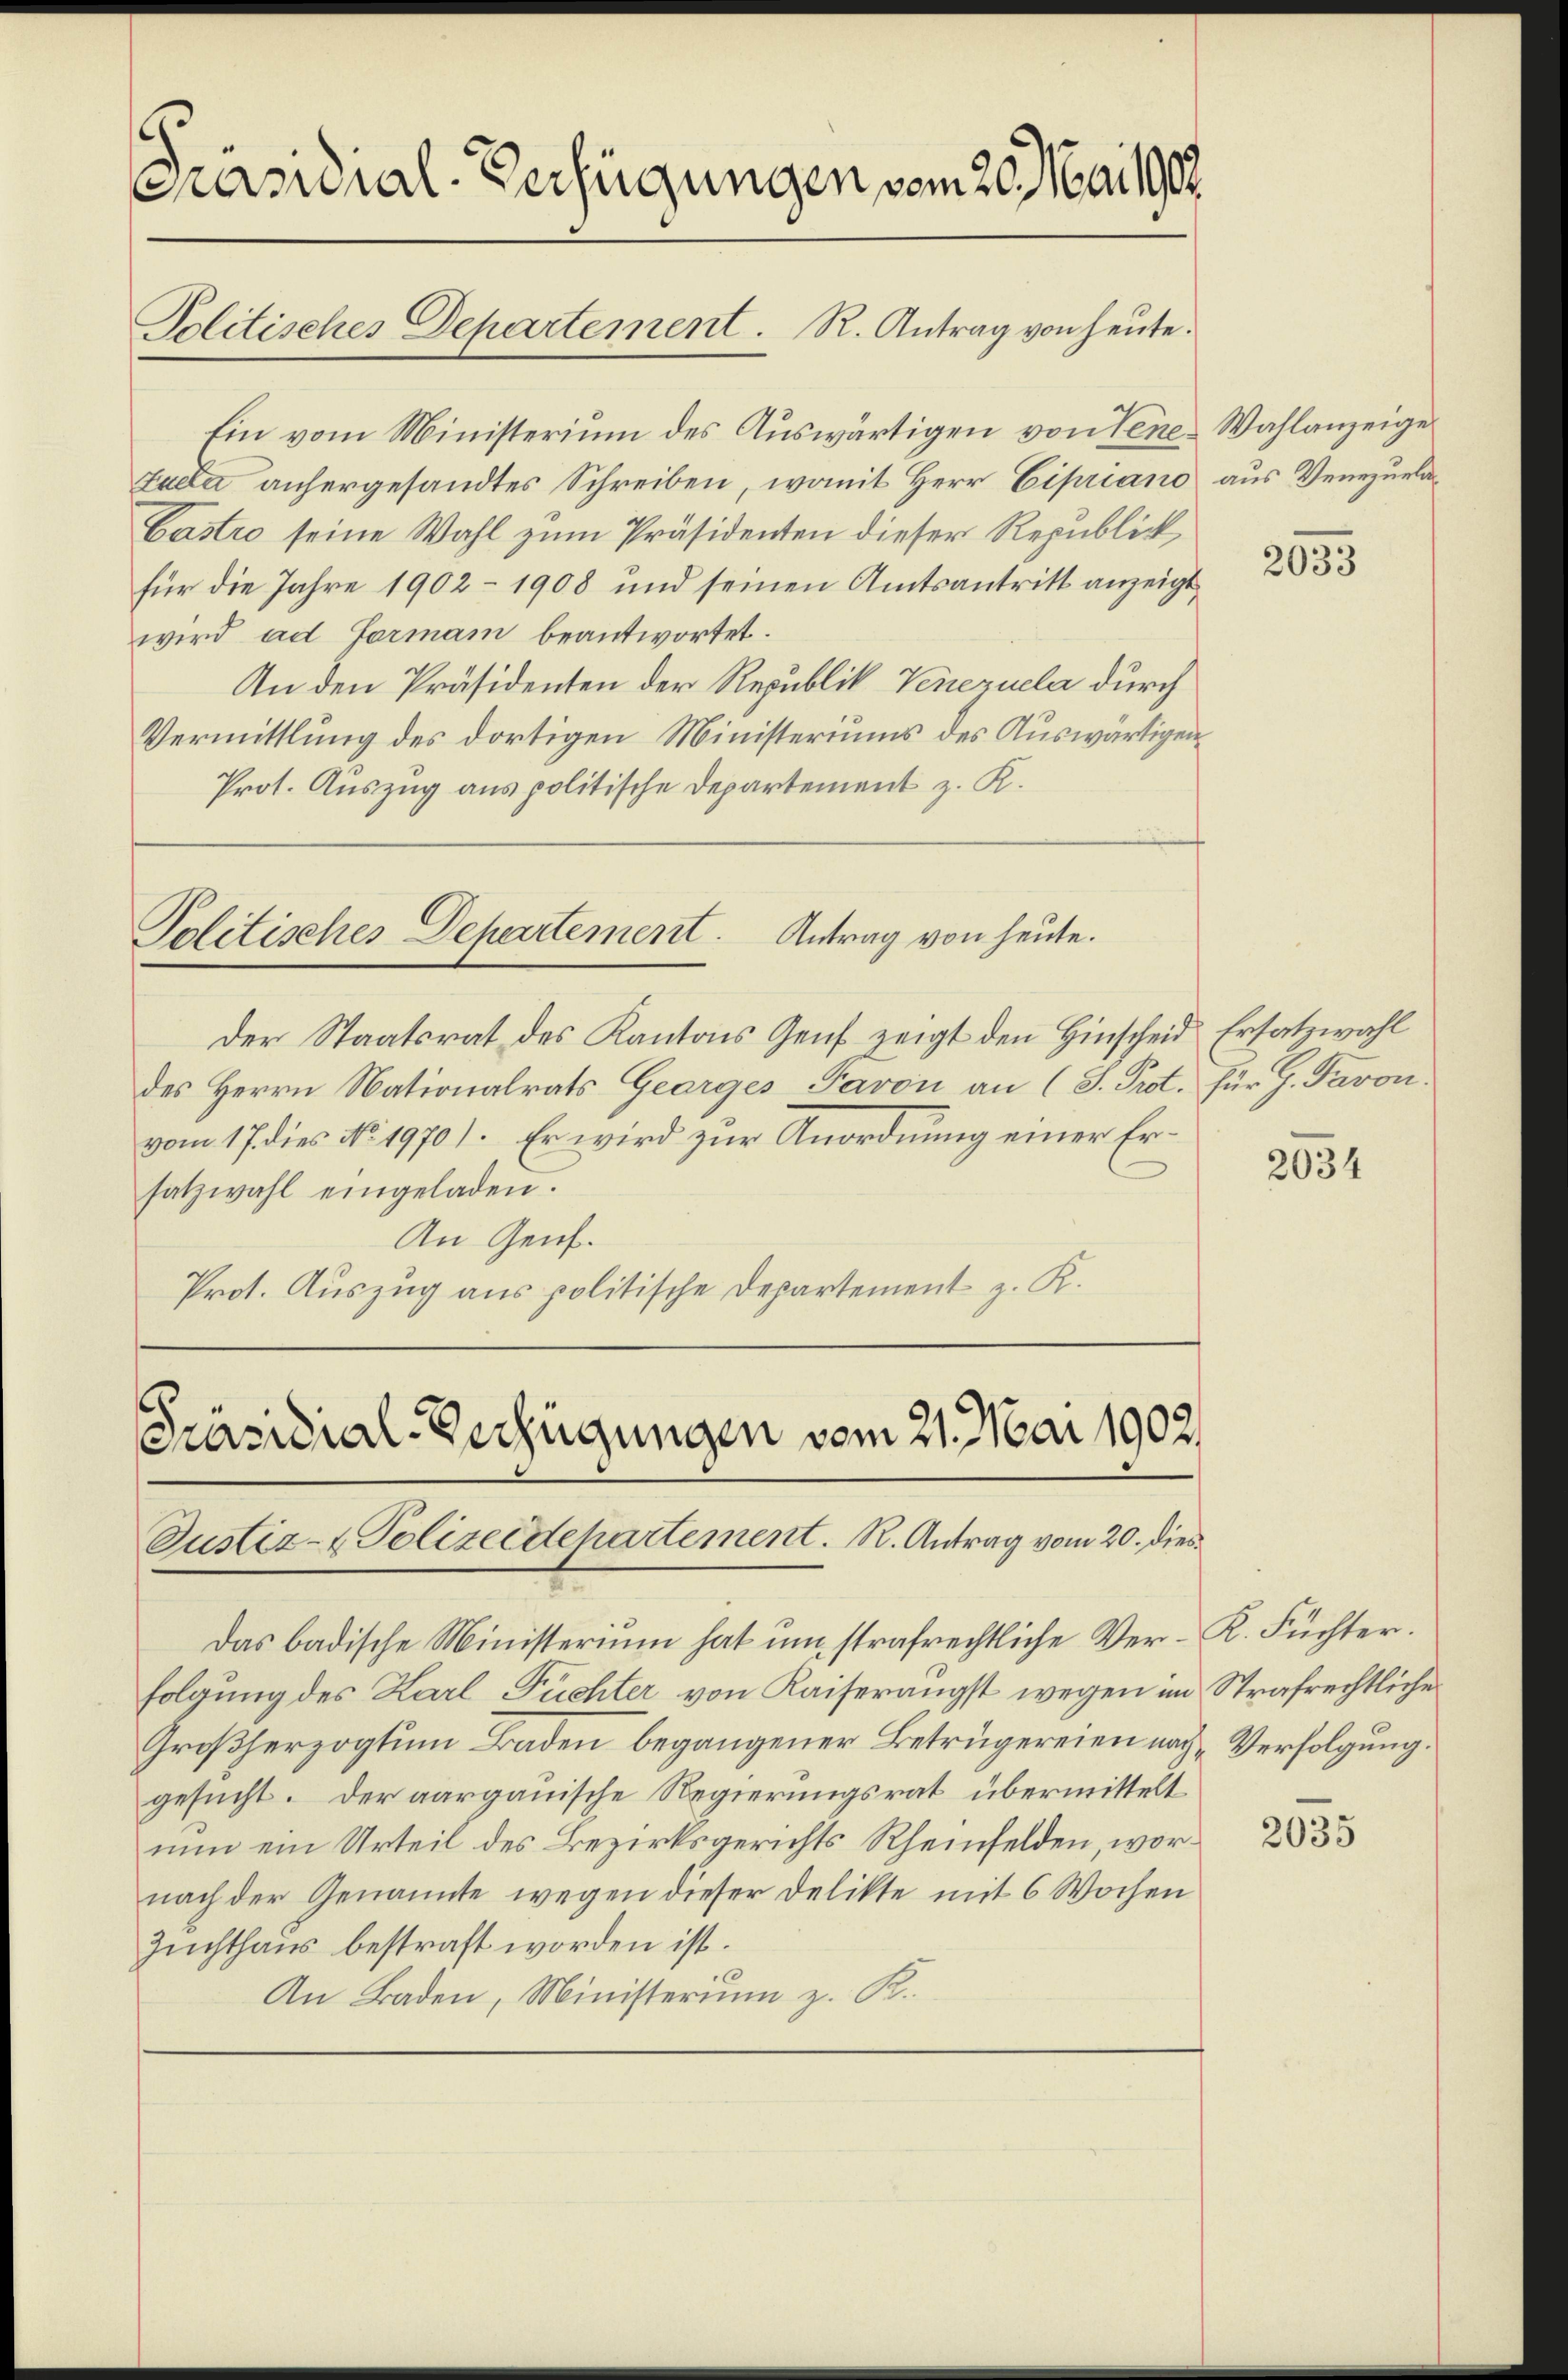
Präsidial-Verfügungen vom 20. Mai 1903
Politisches Departement. R. Antrag von heute.

Ein vom Ministerium des Auswärtigen von Tene Wahlanzeige
zaela anhergesandtes Schreiben, womit Herr Cipriano aus Venezuela¬
Castro seine Wahl zum Präsidenten dieser Republick,
für die Jahre 1902 - 1908 und seinen Amtsantritt anzeigt,
wird ad Formann beantwortet.
An den Präsidenten der Republik Venezuela durch
Vermittlung des dortigen Ministeriums des Auswärtigen
Prot. Auszug aus politische Departement z. K.

Politisches Departement. Antrag von heute.

Präsidial-Verfügungen vom 21. Mai 1902.
Justiz- & Polizeidepartement. R. Antrag vom 20. dies

Der Staatsrat des Kantons Genf zeigt den Hinscheid Ersatzwahl
des Herrn Nationalrats Georges Pavon an (J. Prot. für G. Favon.
vom 17. dies No. 1970). Er wird zur Anordnung einer Ersatzwahl eingeladen.
An Genf.
Prot. Auszug aus politische Departement z. K.

Das badische Ministerium hat um strafrechtliche Ver-K. Füchter.
folgung des Karl Füchter von Kaiserangst wegen im Strafrechtliche
Großherzogtum Baden begangener Betrügereien nach Verfolgung.
gesucht. Der aargauische Regierungsrat übermittelt
nun ein Urteil des Bezirksgerichts Rheinfelden, wornach der Genannte wegen dieser Delikte mit 6 Wochen
Zuchthaus bestraft worden ist.
An Baden, Ministerium z. K.

2033

2034

2035